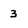
Character: 3